Bulletin of the Pasteur Institute of Southern India, Coonoor - No. 1.
Year: 1908
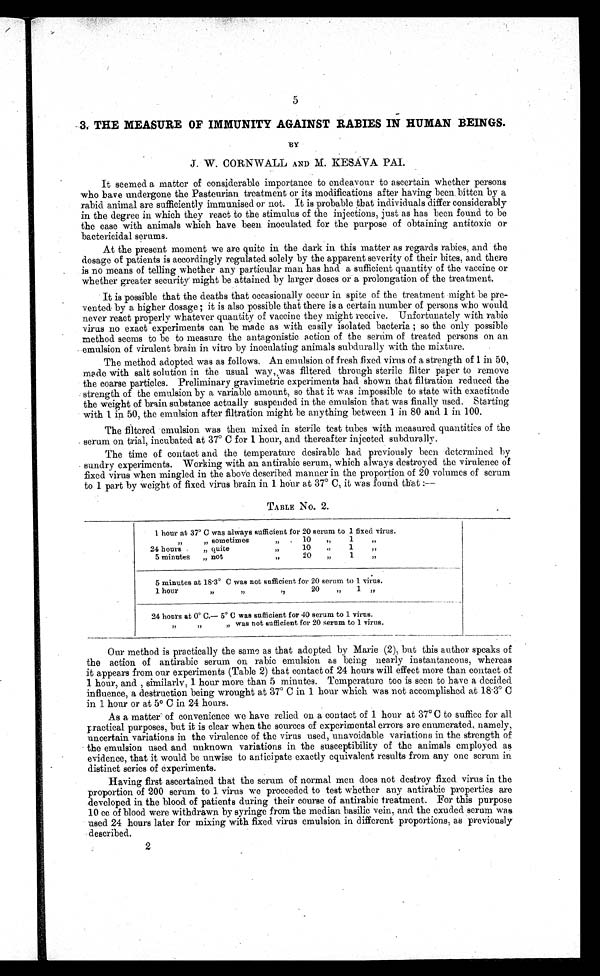
5
3, THE MEASURE OF IMMUNITY AGAINST RABIES IN HUMAN BEINGS.
BY
j. W. CORNWALL AND M. KESAVA PAT.
It seemed a matter of considerable importance to endeavour to ascertain whether persons
who have undergone the Pasteurian treatment or its modifications after having been. bitten by a
rabid animal are sufficiently immunised or not. It is probable that individuals differ considerably
in the degree in which they react to the stimulus of the injections, just as has been found to be
the case with animals which have been inoculated for the purpose of obtaining antitoxic or
bactericidal serums.
At the present moment we are quite in the dark in this matter as regards rabies, and the
dosage of patients is accordingly regulated solely by the apparent severity of their bites, and there
is no means of telling whether any particular man has had a sufficient quantity of the vaccine or
whether greater security might be attained by larger doses or a prolongation of the treatment.
It is possible that the deaths that occasionally occur in spite of the treatment might be pre-
vented by a higher dosage ; it is also possible that there is a certain number of persons who would.
never react properly whatever quantity of vaccine they might receive. Unfortunately with rabic
virus no exact experiments can be made as with easily isolated bacteria ; so the only possible
method seems to be to measure the antagonistic action of the serum of treated persons on an
• emulsion of virulent brain in vitro by inoculating animals subdurally with the mixture.
The method adopted was as follows. An emulsion of fresh fixed virus of a strength of 1 in 50,
made with salt solution in the usual way, was filtered through sterile filter paper to remove
the coarse particles. Preliminary gravimetric experiments had shown that filtration reduced the
strength of the emulsion by a variable amount, so that it was impossible to state with exactitude
the weight of brain substance actually suspended in the emulsion that was finally used. Starting
• with 1 in 50, the emulsion after filtration might be anything between I in 80 and 1 in 100.
The filtered emulsion was then mixed in sterile test tubes with measured quantities of the
serum on trial, incubated at 37° C for 1 hour, and thereafter injected. subdurally.
The time of contact and the temperature desirable had previously been determined by
sundry experiments. VVorking with an antirabic serum, which always destroyed the virulence of
fixed virus when mingled in the above described manner in the proportion of 20 volumes of serum
to 1 part by weight of fixed. virus brain in 1 hour at 37° C, it was found that :--
TABLE No. 2.
1 hour at 37' C was always sufficient for 20 serum to 1 fixed virus.
„
sometimes
,,
10
„
1
„
24 hours
„ quite„
„
1
„
5 minutes
„ not
20
„
1
„
5 minutes at l83° C was not sufficient for 20 serum to 1 virus.
1 hour
„
20
„
1 „
24 hours at 0º C.— 5' C was sufficient for 40 serum to 1 virus.
„ was not sufficient for 20 serum to 1 virus.
, 1
Our method is practically the same as that adopted by Marie (2), but this author speaks of
the action of antirabic serum on rabic emulsion as being nearly instantaneous, whereas
it appears from our experiments (Table 2) that contact of 24 hours will effect more than contact of
1 hour, and. , 1 hour more than 5 minutes. Temperature too is seen to have a decided
influence, a destruction being wrought at 37° C in 1 hour which was not accomplished at 18 . 3° C
in 1 hour or at 5° C in 24 hours.
As a matter of convenience we have relied on a contact of 1 hour at 37° C to suffice for all.
practical purposes, but it is clear when. the sources of experimental. errors are enumerated., namely,
uncertain variations in the virulence of the virus used, unavoidable variations in the strength of
- the emulsion used and unknown variations in the susceptibility of the animals employed as
evidence, that it would be unwise to anticipate exactly equivalent results from any one serum in.
distinct series of experiments.
Having first ascertained that the serum of normal men does not destroy fixed virus in the
proportion of 200 serum to 1. virus we proceeded to test whether any antirabic properties are
.developed in the blood of patients during their course of antirabic treatment. For this purpose
10 cc of blood were withdrawn by syringe from the median basilic vein, and the exuded serum wag
used 24 hours later for mixing with fixed. virus emulsion in different proportions, as previously
described.
2